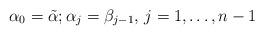
LaTeX: \begin{align*} \alpha_0 = \tilde{\alpha}; \alpha_j = \beta_{j-1}, \, j=1,\dots,n-1\end{align*}